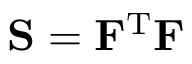
{ \bf S } = { \bf F } ^ { \mathrm { T } } { \bf F }